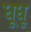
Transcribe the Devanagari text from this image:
धूधू